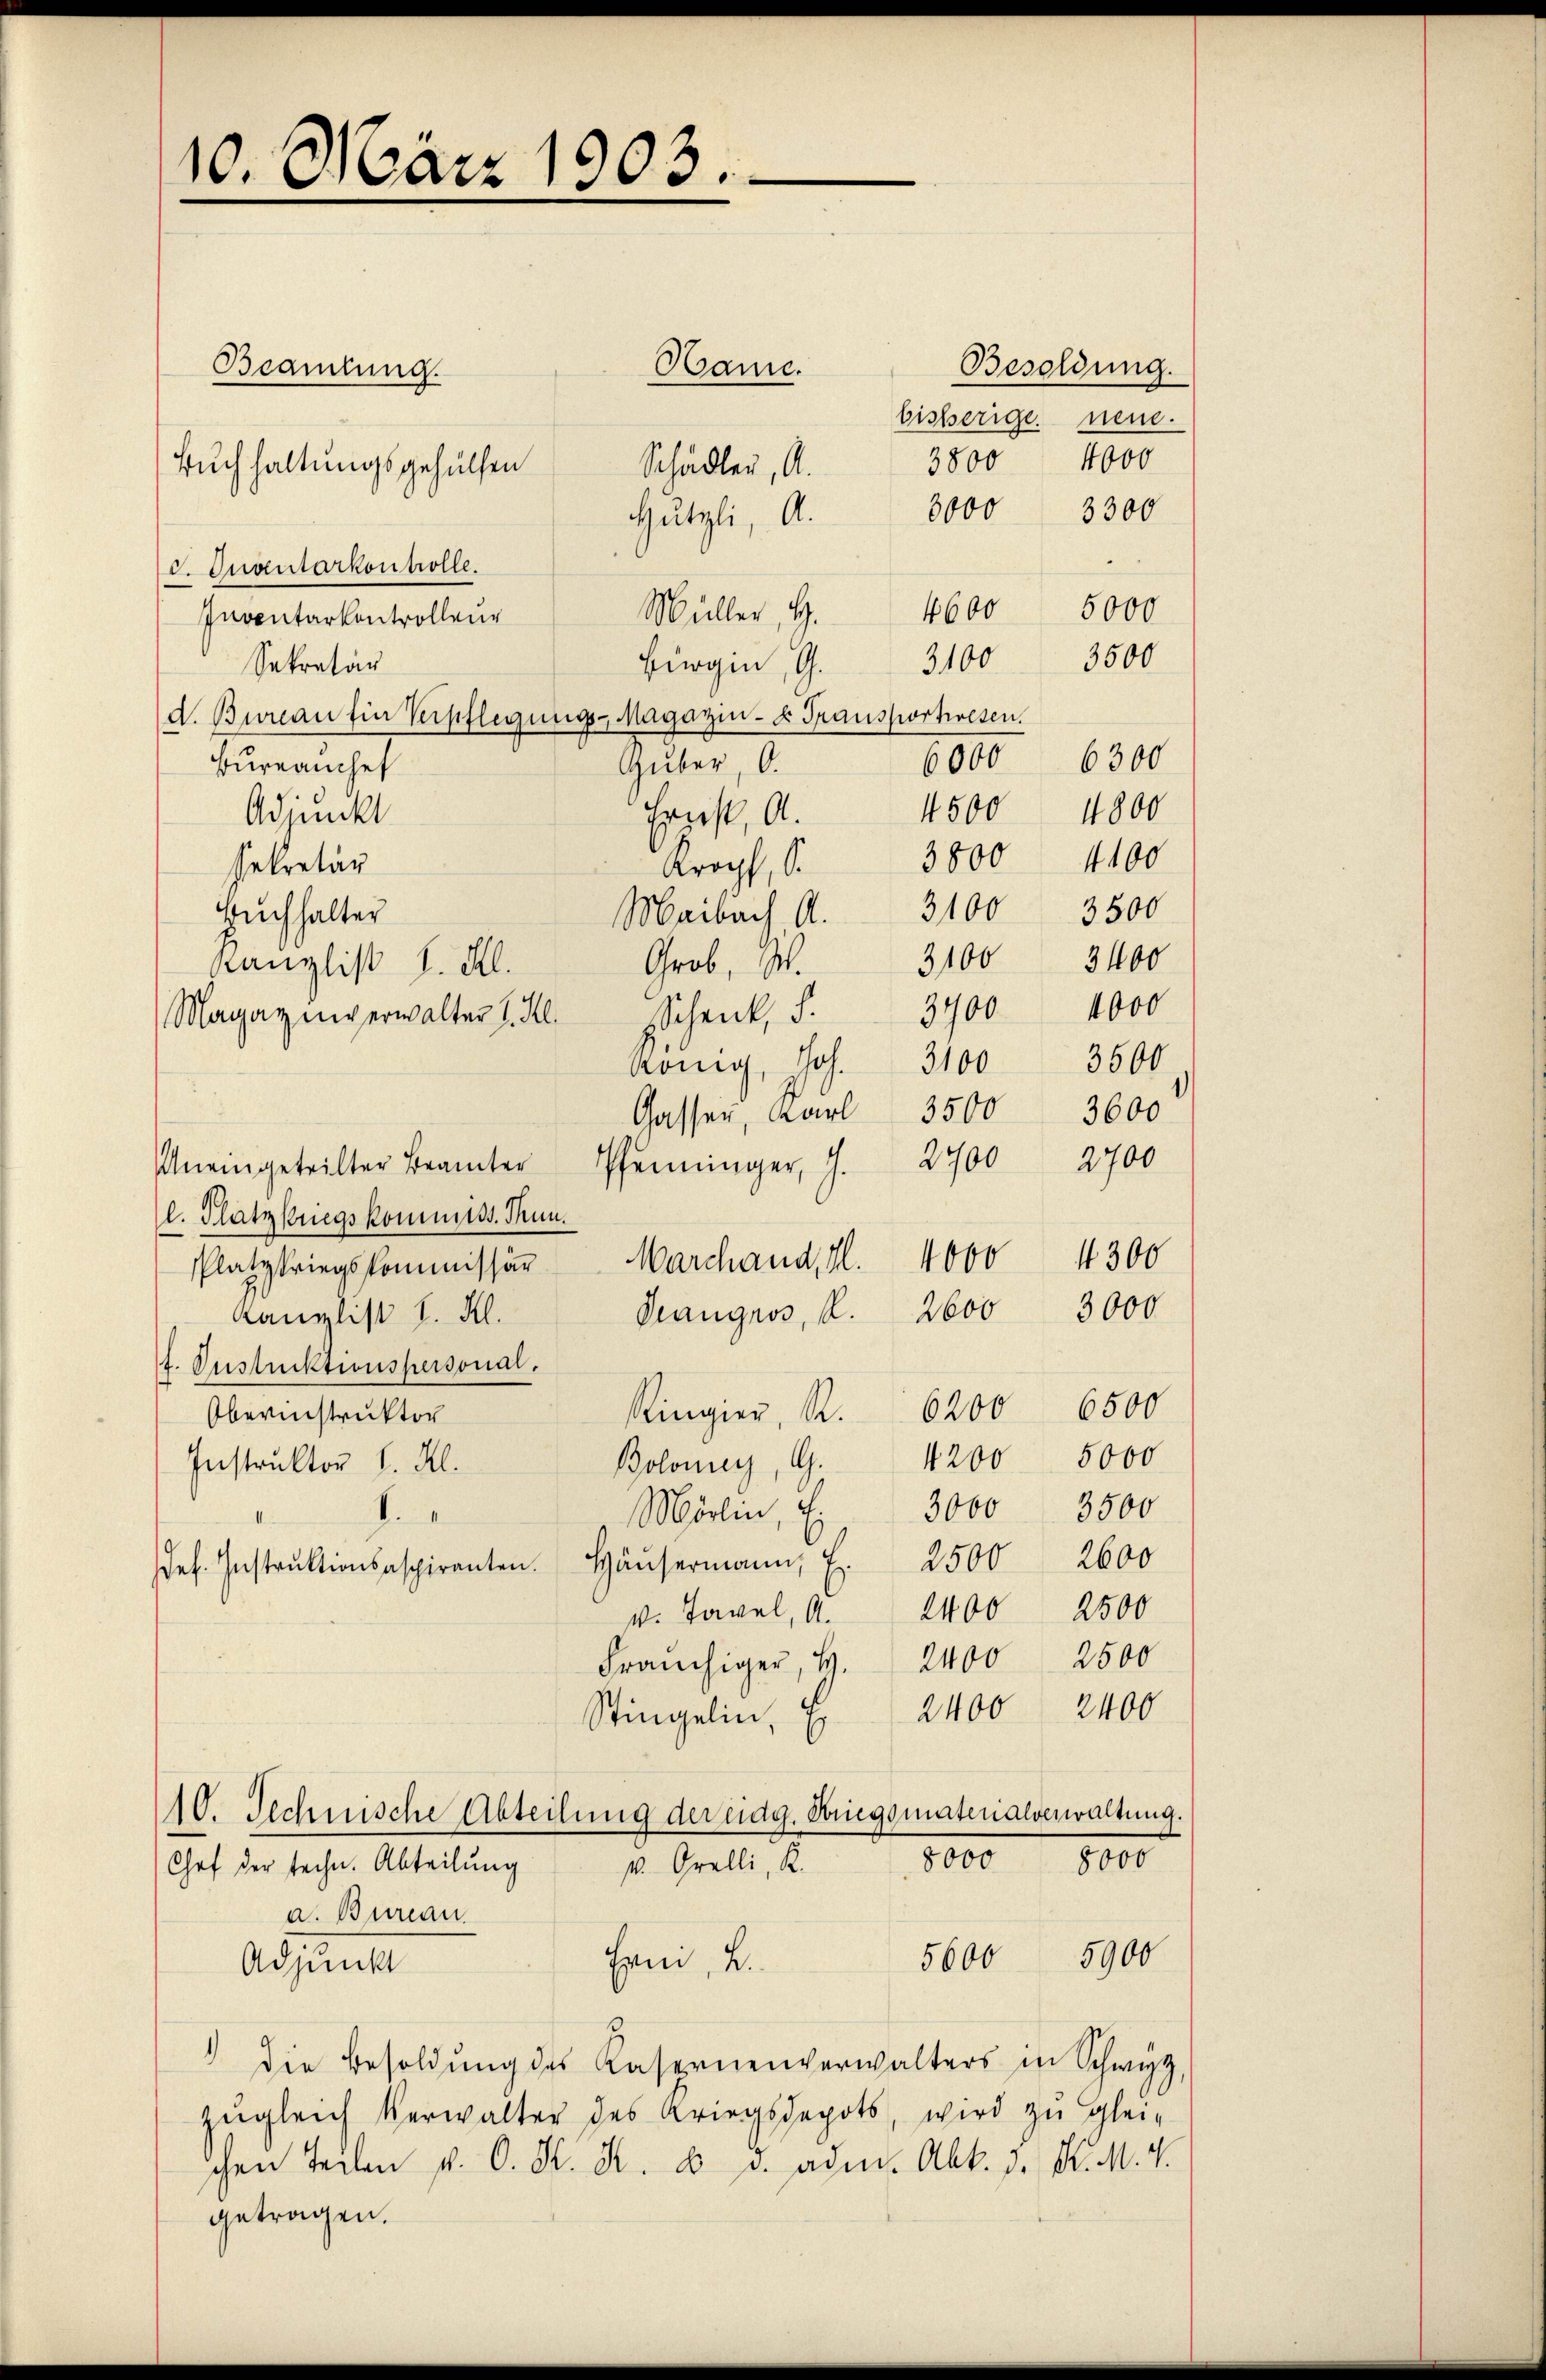
10. März 1903.
e

Hame.
Buchhaltungsgehülfen
Schädler, A.
Hützli, A.
I. Quantarkontrolle.
Müller, G.
Inventarkontrolleur
Bürgi, G. 3100 3500
Sekretär
d. Bureau für Verpflegŭngs-Magazin- & Transportwesen.
Guber, O.
Bureauchet
Adjunkt
Ernst, a.
Kropf, S.
sekretär
Maibach A. 3100. 3500
Buchhalter
Grob, W.
Kanzlist d. Al.
Magazinverwalter I. Kl.
König, Jos. 3100 3500.
Gasser, Karl 3500
Uneingeteilter Beamter Pfenninger, J. 2700 2700
l. Platzkriegskommiss. Tun.
Platzkriegskommissär Marchand, fl. 4000
Peangros, P. 2600 3000
Kanzlist l. Kl.
f. Oustucktionspersonal.
Ringier, R. 6200 6500
Obernistruktor
Bolonier, G.
Instruktor l. Al.
Mörlin, u. 3000. 3500
.
de. Instrŭktionsspiranten. Häŭsermann, E. 2500 2600
v. Tavel, A. 2400 2500
Franchiger, H. 2400 2500
Stingelin, E
10. Technische Abteilung der eidg. Kriegsmaterialverwaltung.
1000. 18000
. Orelli, R.
Chef der techn. Abteilung
a. Bureau.
5900
Erni, 2.
5600
Adjunkt
 die Besoldung des Kasernenverwalters in Schwyz,
zŭgleich Verwalter des Kriegsdepots, wird zŭ glei-
chen Teilen u. O. K. K. u. v. ade. Abt. 3. d. M. v.
getragen.

Beamtung.

Besoldung.
bisherige neue.
4000
3800
8000 3300
5000
6000 6300
4500
4800
3800 4100
3400
3100
sSchenk, S. 3900 4000
3600
4300
1200 5000
2400 2400

4600